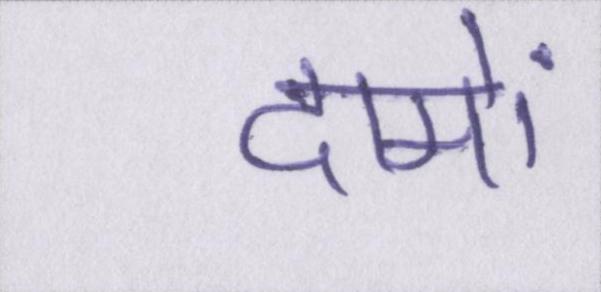
दामों